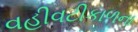
વહીવટીકાળના